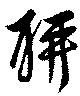
聊